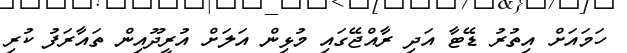
ހަމައަށް އިތުރު ޑޭޓާ އަދި ރާއްޖޭގައި މުޅިން އަލަށް އުރީދޫއިން ތައާރަފު ކުރި